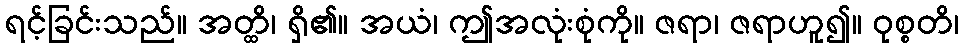
ရင့်ခြင်းသည်။ အတ္ထိ၊ ရှိ၏။ အယံ၊ ဤအလုံးစုံကို။ ဇရာ၊ ဇရာဟူ၍။ ဝုစ္စတိ၊